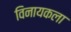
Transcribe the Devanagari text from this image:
विनायकला